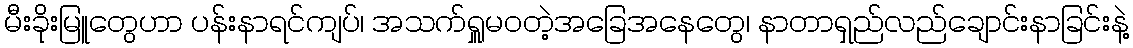
မီးခိုးမြူတွေဟာ ပန်းနာရင်ကျပ်၊ အသက်ရှူမဝတဲ့အခြေအနေတွေ၊ နာတာရှည်လည်ချောင်းနာခြင်းနဲ့